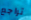
تراجع